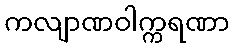
ကလျာဏဝါက္ကရဏာ